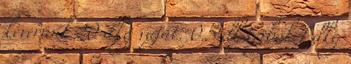
keverünk 20 dkg vajat. 0.5 dl tejből 1 dkg